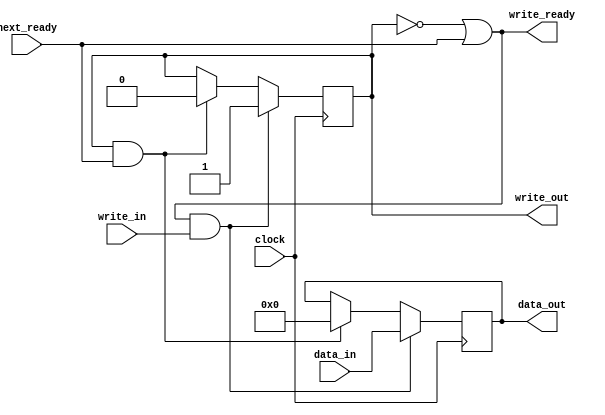
module parallel_buffer(
    input clock,
    input [WIDTH-1:0] data_in,
    input write_in,
    input next_ready,
    output write_ready,
    output reg [WIDTH-1:0] data_out,
    output reg write_out
);
    parameter WIDTH = 8;
    initial write_out = 0;

    assign write_ready = ~write_out | next_ready;

    always @(posedge clock) begin
        if (write_ready & write_in) begin
            data_out <= data_in;
            write_out <= 1'b1;
        end else if (write_out & next_ready) begin
            data_out <= 0;
            write_out <= 1'b0;
        end
    end
endmodule